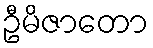
ဦမိဇာတော